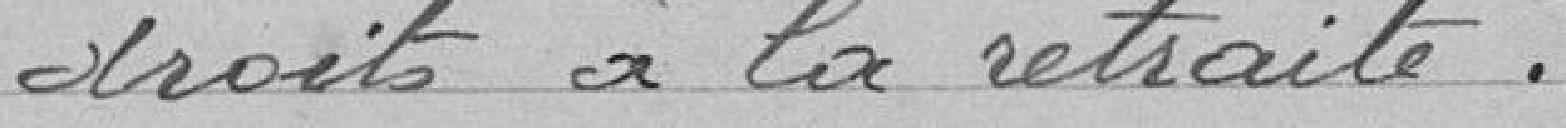
droits à la retraite.